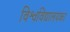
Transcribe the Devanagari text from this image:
विश्वविद्यालयका